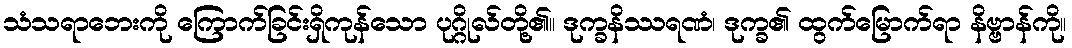
သံသရာဘေးကို ကြောက်ခြင်းရှိကုန်သော ပုဂ္ဂိုလ်တို့၏။ ဒုက္ခနိဿရဏံ၊ ဒုက္ခ၏ ထွက်မြောက်ရာ နိဗ္ဗာန်ကို။